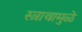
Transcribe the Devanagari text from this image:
स्त्रावामुळे